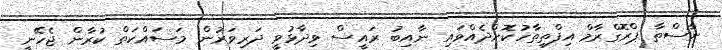
ނާސްތާ ޕްރޮގްރާމް އިފްތިތާހުކޮށްދެއްވައި ނާއިބު ރައީސް ވިދާޅުވީ ދަރިވަރުން މަސައްކަތް ކުރާން ޖެހޭނީ